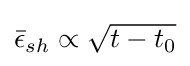
{\bar {\epsilon }}_{sh}\propto {\sqrt {t-t_{0}}}